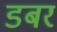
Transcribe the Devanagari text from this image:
डबर